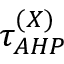
\tau _ { A H P } ^ { ( X ) }